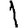
Digit: 1